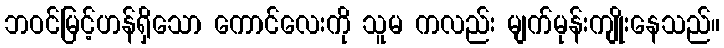
ဘဝင်မြင့်ဟန်ရှိသော ကောင်လေးကို သူမ ကလည်း မျက်မုန်းကျိုးနေသည်။